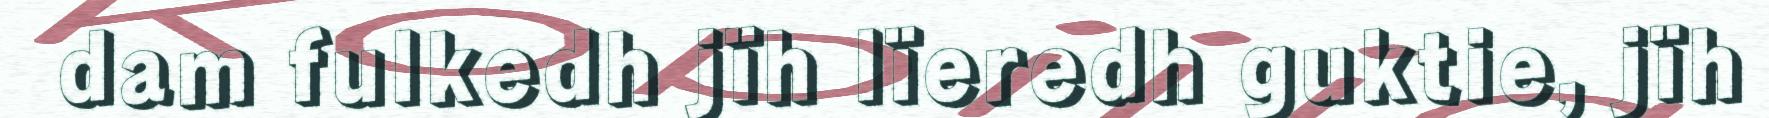
dam fulkedh jïh lïeredh guktie, jïh